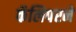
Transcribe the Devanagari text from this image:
कॅलिपरने